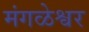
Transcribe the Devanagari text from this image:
मंगळेश्वर